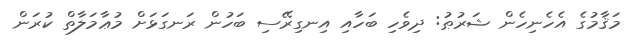
މަޤާމުގެ އެހެނިހެން ޝަރުޠު: ދިވެހި ބަހާއި އިނގިރޭސި ބަހުން ރަނގަޅަށް މުޢާމަލާތް ކުރަން